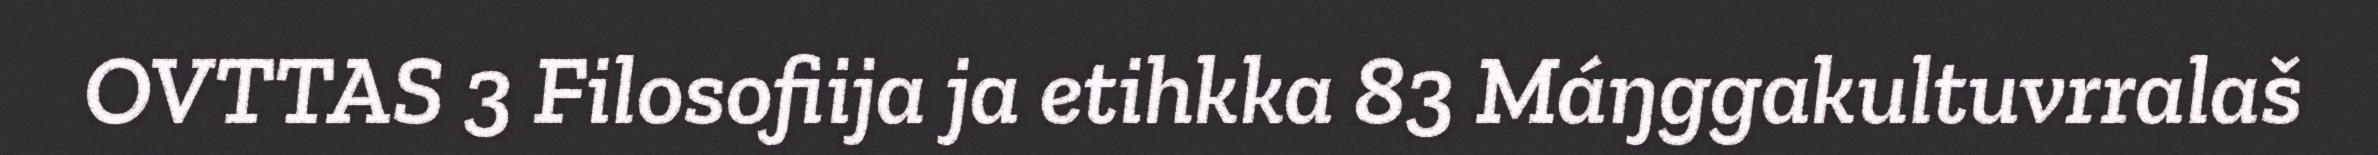
OVTTAS 3 Filosofiija ja etihkka 83 Máŋggakultuvrralaš